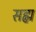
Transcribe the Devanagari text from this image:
सह्म